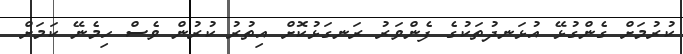
ކުރުމަށް ގެންގުޅޭ އުޅަނދުތަކުގެ ފެންވަރު ރަނގަޅުކޮށް އިތުރު ކުރުން ވެސް ހިމެނޭ ކަމަށް